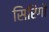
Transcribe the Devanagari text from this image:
सिरिंगो